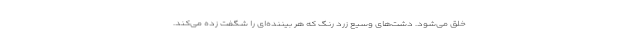
خلق می‌شود. دشت‌های وسیع زرد رنگ که هر بیننده‌ای را شگفت زده می‌کند.